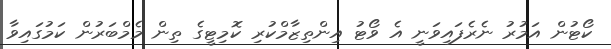
ކޯޓުން އަމުރު ނެރެފައިވަނީ އެ ވޯޓު އިންތިޒާމްކުރި ކޮމިޓީގެ ތިން މެމްބަރުން ކަމުގައިވާ